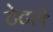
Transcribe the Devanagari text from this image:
टेटले